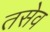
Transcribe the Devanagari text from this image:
तसेव